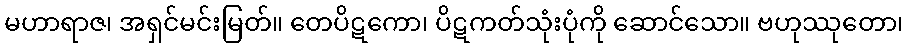
မဟာရာဇ၊ အရှင်မင်းမြတ်။ တေပိဋကော၊ ပိဋကတ်သုံးပုံကို ဆောင်သော။ ဗဟုဿုတော၊